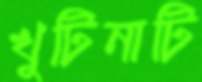
খুটিনাটি